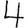
Digit: 4